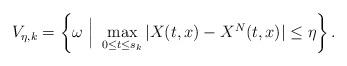
LaTeX: \begin{align*} V_{\eta,k}=\left\{\omega~\Big |~\max_{0\le t\le s_k}|X(t,x)-X^N(t,x)|\le \eta\right\}.\end{align*}